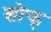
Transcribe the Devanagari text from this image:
शोफ्